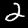
Digit: 2